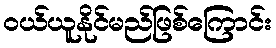
ဝယ်ယူနိုင်မည်ဖြစ်ကြောင်း